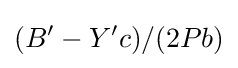
(B'-Y'c)/(2Pb)